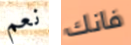
نعم فانك